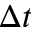
\Delta t